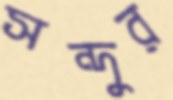
সন্দুর